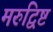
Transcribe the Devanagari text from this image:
मरुद्विष्ट